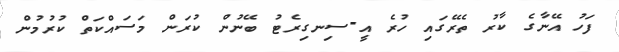
ފަހު އޭނާގެ ކާރު ތެރޭގައި ހުރެ އީ-ސިނގިރެޓު ބޭނުން ކުރަން މަސައްކަތް ކުރުމުން